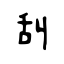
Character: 舏